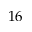
1 6